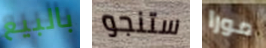
بالبيع ستنجو مورا